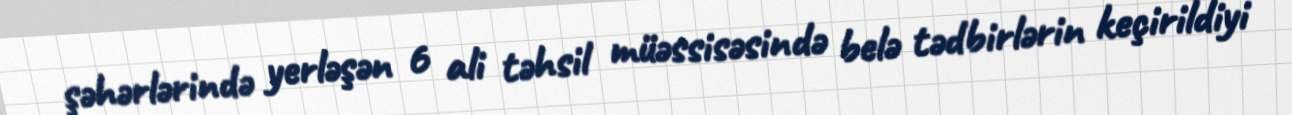
şəhərlərində yerləşən 6 ali təhsil müəssisəsində belə tədbirlərin keçirildiyi